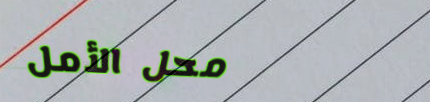
محل الأمل